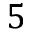
5